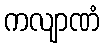
ကလျာဏံ